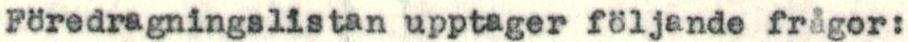
Föredragningslistan upptager följande frågor: